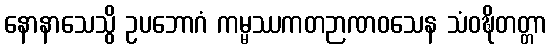
နောနာသေသွိ ဥပဘောဂံ ကမ္မဿကတဉာဏဝသေန သံဝဍ္ဎိတတ္တာ